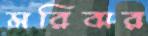
মরিবার